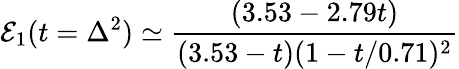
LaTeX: {\cal E}_{1}(t=\Delta^{2})\simeq{\frac{(3.53-2.79t)}{(3.53-t)(1-t/0.71)^{2}}}